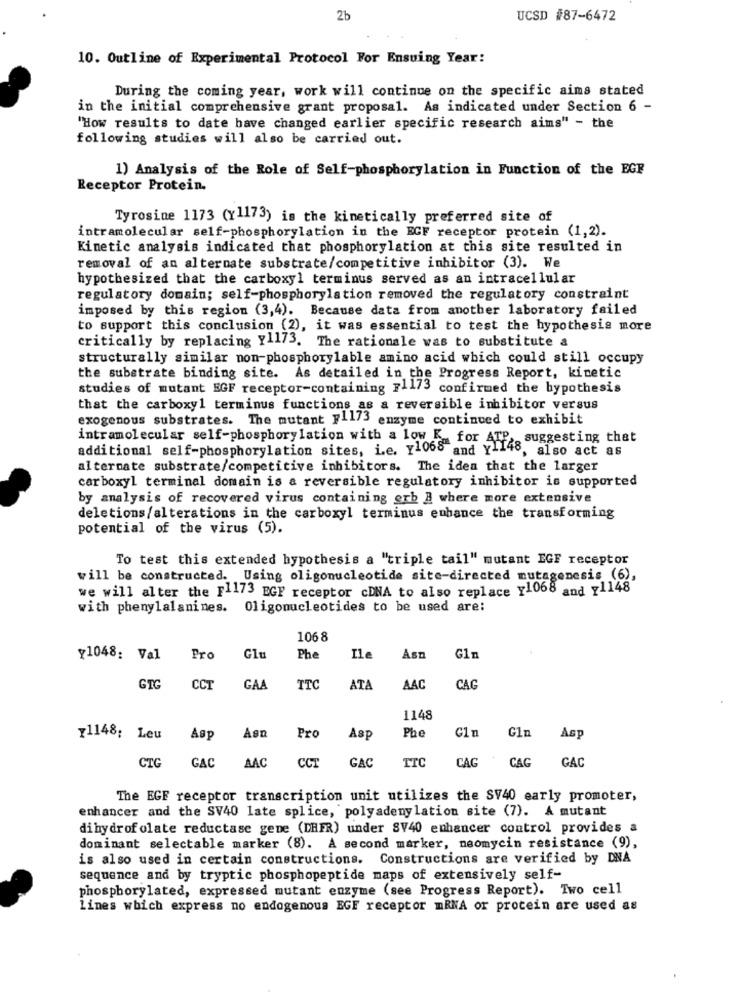
2b
UCSD #87-6472
10. Outline of Experimental Protocol For Ensuing Year:
During the coming year, work will continue on the specific aims stated
in the initial comprehensive grant proposal. As indicated under Section 6 -
"How results to date have changed earlier specific research aims" - the
following studies will also be carried out.
1) Analysis of the Role of Self-phosphorylation in Function of the EGF
Receptor Protein.
Tyrosine 1173 (x1173) is the kinetically preferred site of
intramolecular self-phosphorylation in the EGF receptor protein (1,2).
Kinetic analysis indicated that phosphorylation at this site resulted in
removal of an alternate substrate/competitive inhibitor (3). We
hypothesized that the carboxyl terminus served as an intracellular
regulatory domain; self-phosphorylation removed the regulatory constraint
imposed by this region (3,4). Because data from another laboratory failed
to support this conclusion (2), it was essential to test the hypothesis more
critically by replacing yl173. The rationale was to substitute a
structurally similar non-phosphorylable amino acid which could still occupy
the substrate binding site. As detailed in the Progress Report, kinetic
studies of mutant EGF receptor-containing 71173 confirmed the hypothesis
that the carboxyl terminus functions as a reversible inhibitor versus
exogenous substrates. The mutant pl1/3 enzyme continued to exhibit
intramolecular self-phosphorylation with a low 5_ for ATP.
additional self-phosphorylation sites, i.e. y1068 and Y1148 suggesting that
8, also act as
alternate substrate/competitive inhibitors. The idea that the larger
carboxyl terminal domain is a reversible regulatory inhibitor is supported
by analysis of recovered virus containing erb & where more extensive
deletions/alterations in the carboxyl terminus enhance the transforming
potential of the virus (5).
To test this extended hypothesis a "triple tail" mutant EGF receptor
will be constructed. Using oligonucleotide site-directed mutagenesis (6),
we will alter the FI173 EGF receptor cDNA to also replace y1068 and 71148
with phenylalanines. Oligonucleotides to be used are:
106 8
y1048: Val
Pro
Glu
Phe
Ile
Asn
Gln
GTG
CCT
GAA
TTC
ATA
AAC
CAG
1148
Gin
71148; Leu
Asp
Asn
Pro
Asp
Phe
Cin
Asp
GAC
TTC
GAC
CTG
GAC
AAC
CCT
CAG
CAG
The EGF receptor transcription unit utilizes the SV40 early promoter,
enhancer and the SV40 late splice, polyadenylation site (7). A mutant
dihydrof olate reductase gene (DHFR) under 8V40 enhancer control provides a
dominant selectable marker (8). A second marker, neomycin resistance (9),
is also used in certain constructions. Constructions are verified by DNA
sequence and by tryptic phosphopeptide maps of extensively self-
phosphorylated, expressed mutant enzyme (see Progress Report). Two cell
lines which express no endogenous EGF receptor mRNA or protein are used as